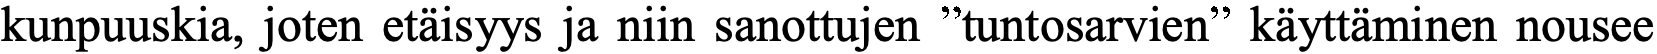
kunpuuskia, joten etäisyys ja niin sanottujen ”tuntosarvien” käyttäminen nousee